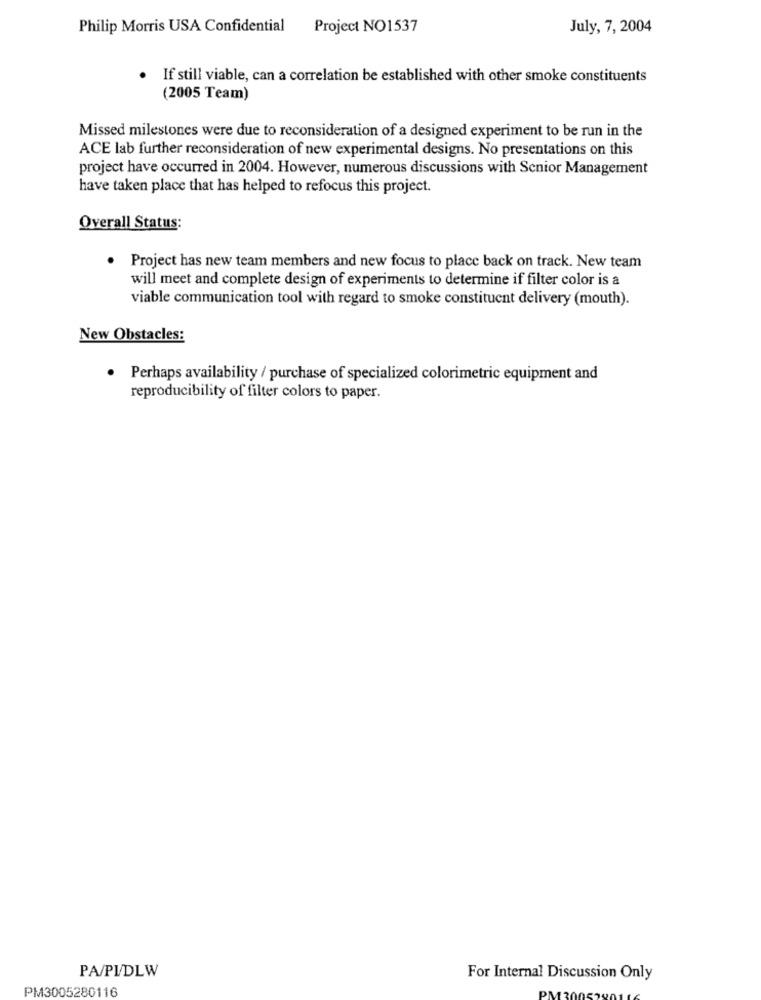
Philip Morris USA Confidential Project NO1537
July, 7, 2004
If still viable, can a correlation be established with other smoke constituents
(2005 Team)
Missed milestones were due to reconsideration of a designed experiment to be run in the
ACE lab further reconsideration of new experimental designs. No presentations on this
project have occurred in 2004. However, numerous discussions with Senior Management
have taken place that has helped to refocus this project.
Overall Status:
· Project has new team members and new focus to place back on track. New team
will meet and complete design of experiments to determine if filter color is a
viable communication tool with regard to smoke constituent delivery (mouth).
New Obstacles:
. Perhaps availability / purchase of specialized colorimetric equipment and
reproducibility of filter colors to paper.
PA/PI/DLW
For Internal Discussion Only
PM3005280116